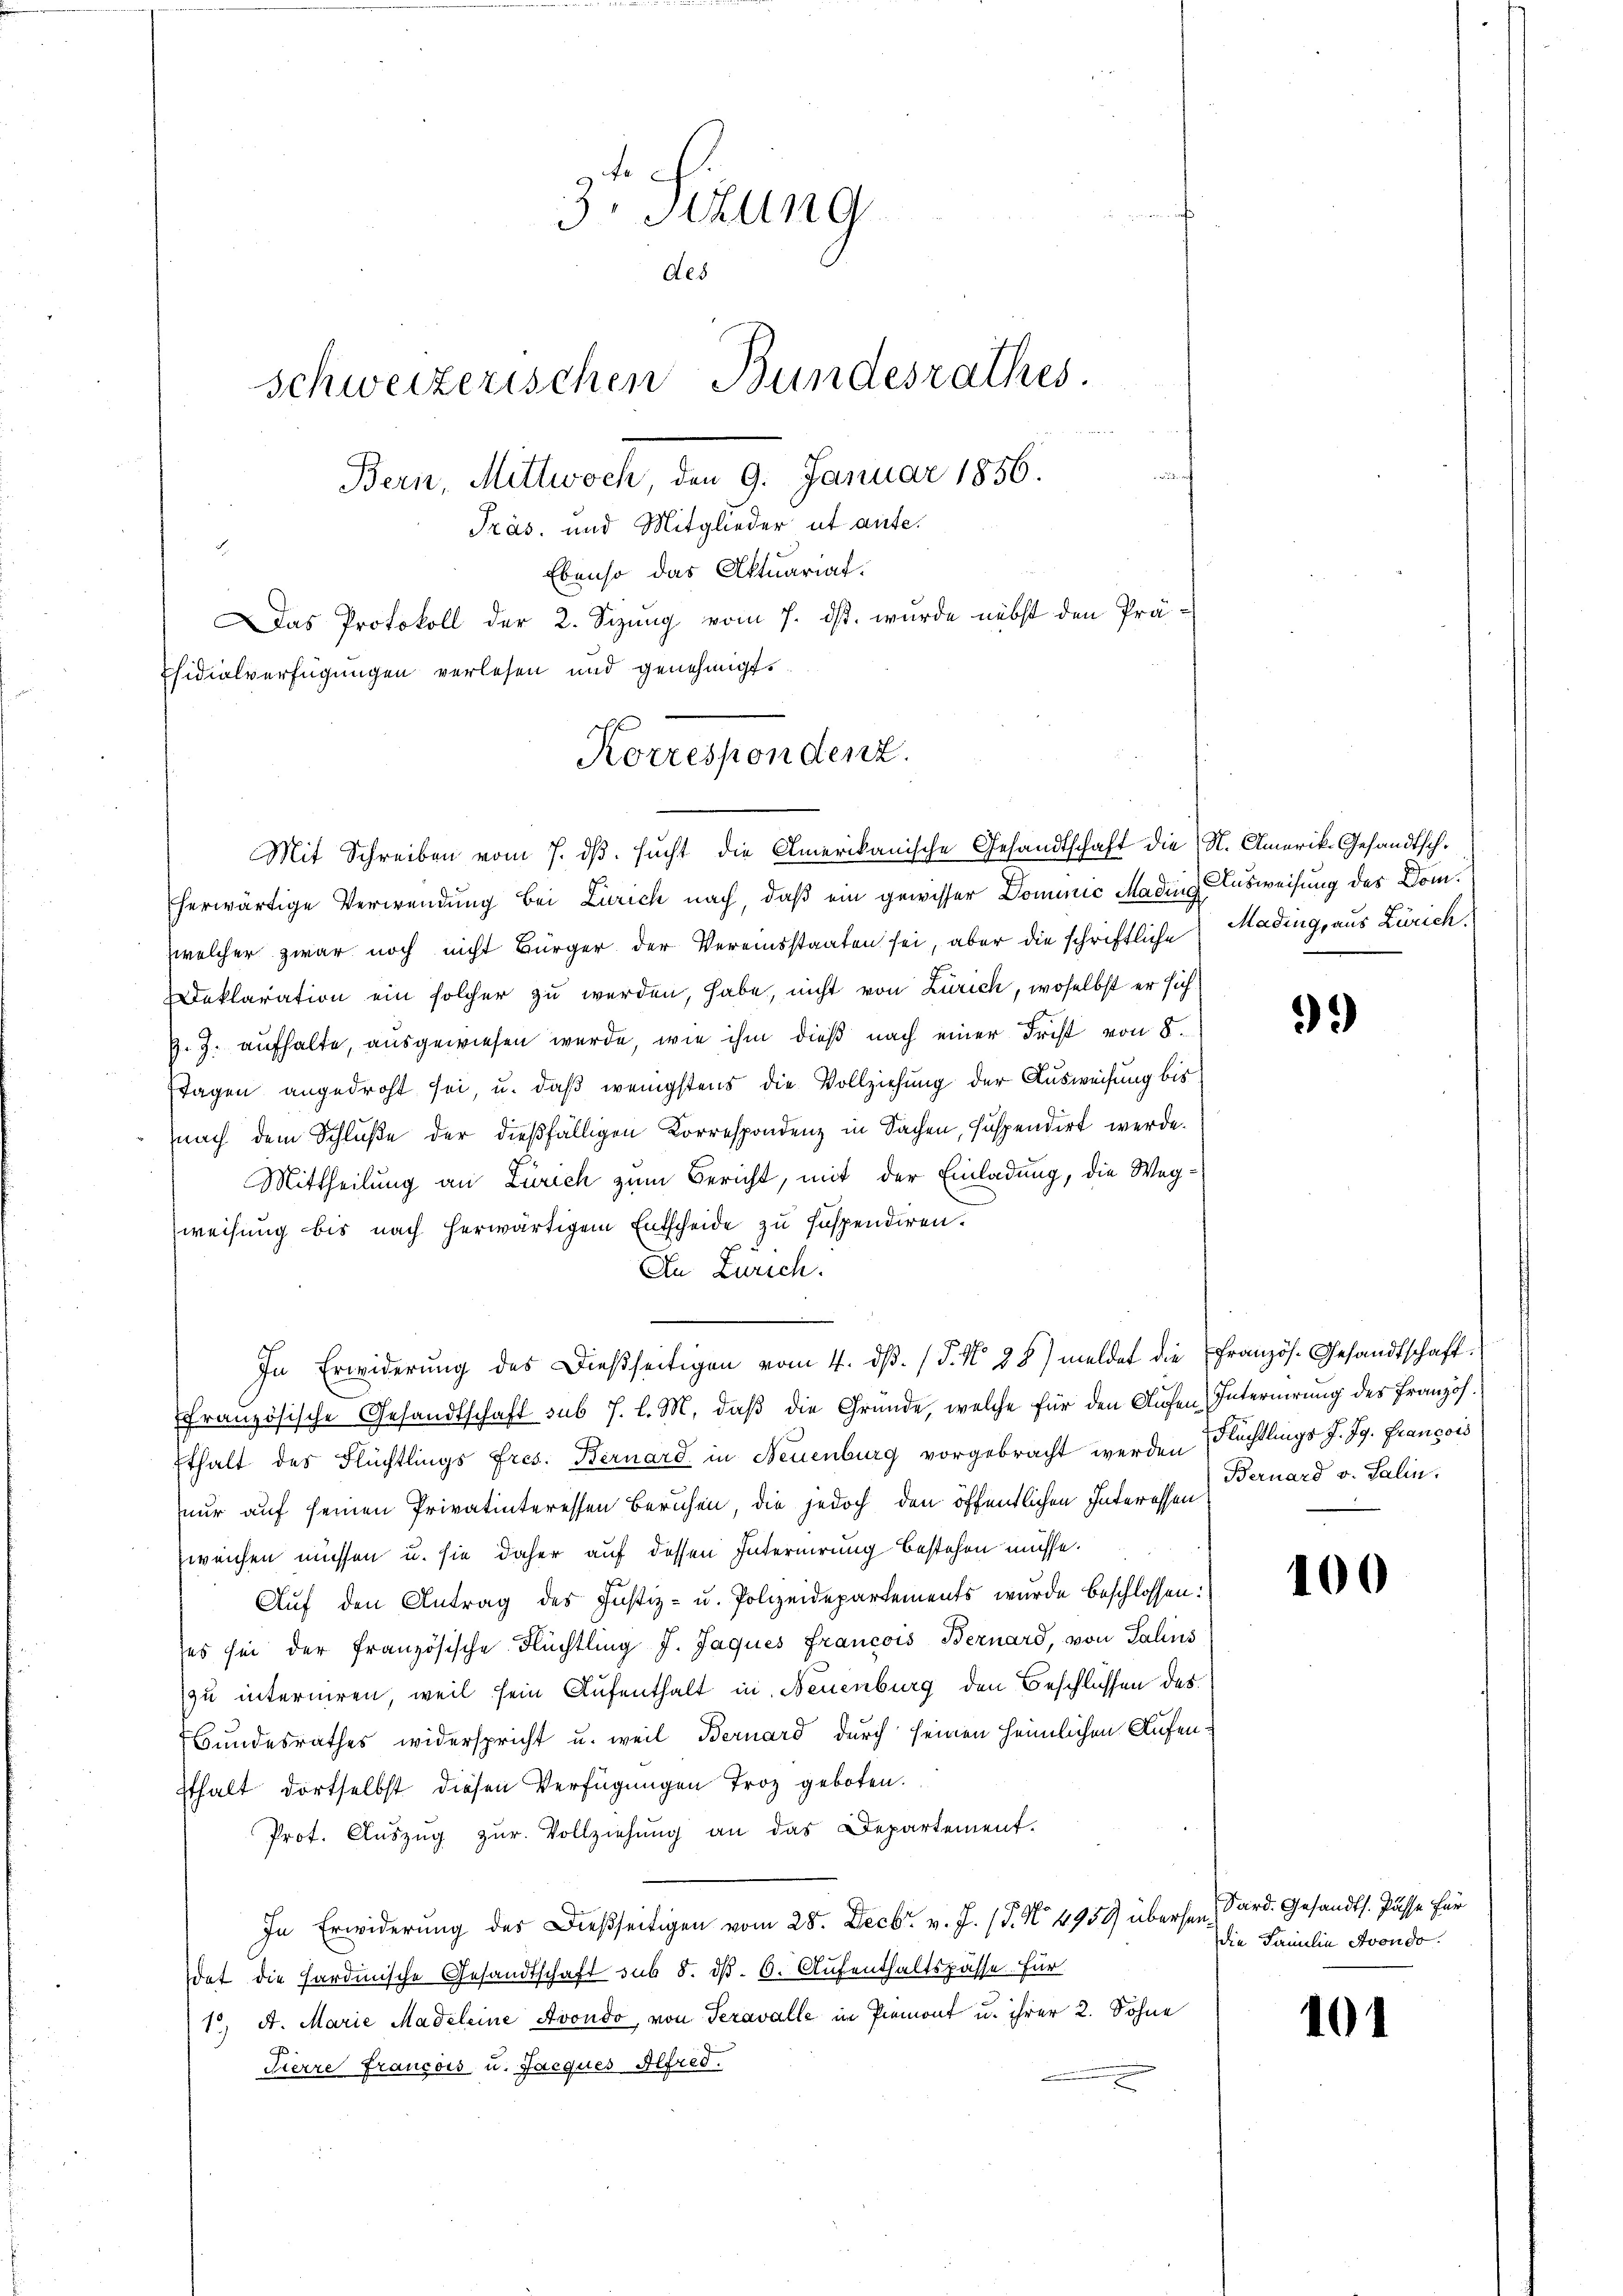
3. Sitzung
des
schweizerischen Bundesrathes.
Bern, Mittwoch, den 9. Januar 1856.
Präs. und Mitglieder ut aufe.
Ebenso das Aktuariat.
Das Protokoll der 2. Sizung vom 7. ds. wurde nebst den Präsidialverfügungen verlesen und genehmigt.

Korrespondenz.

Mit Schreiben vom 7. ds. sucht die Amerikanische Gesandtschaft die N. Amerik- Gesandtsch.
herwärtige Verwendung bei Zürich nach, daß ein gewisser Dominić Mading Ausweisung des Domwelcher zwar noch nicht Bürger der Vereinsstaaten sei, aber die schriftliche Madings aus Zürich.
Deklaration ein solcher zu werden, habe, nicht von Zürich, woselbst er sich
G. J. aufhalte, ausgewiesen werde, wie ihm dieß nach einer Frist von 8.
Tagen angedroht sei, u. daß wenigstens die Vollziehung der Ausweisung bis
nach dem Schluße der dießfälligen Korrespondenz in Sachen, suspendirt werde.
Mittheilung an Zürich zum Bericht, mit der Einladung, die Wegweisung bis nach herwärtigem Entscheide zu Inspendiren.
An Zürich.
In Erwiderung des Dießseitigen vom 4. dβ. (T. No 38) meldet die französ. Gesandtschaftffranzösische Gesandtschaft sub J. l. M. daß die Gründe, welche für den Aufen Internirung des Französ.
Ethalt des Flüchtlings Fres. Bernard in Neuenburg vorgebracht werden Flüchtlings J. Jg. Francois
nur auf seinen Privatinteressen Beruhen, die jedoch den öffentlichen Interessen
zweichen müssen u. sie daher auf dessen Internirung bestehen müsse.
Aŭf den Antrag des Justiz- u. Polizeidepartements wurde beschlossen:
ses sei der französische Flüchtling J. Jaques Francois Bernard, von Salins
zu interniren, weil sein Aufenthalt in Neuenburg den Beschlüssen des
Bundesrathes widerspricht u. weil Bernard durch seinen heimlichen Aufensthalt dortselbst diesen Verfügungen Troz geboten.
Prof. Aŭszŭg zŭr Vollziehŭng an das Departement.
In Erwiderung des Dießseitigen vom 28. Decbr. v. J. (T. No. 4959 übersen, Sard. Gesandts. Pässe für
dat die Hardinische Gesandtschaft sub 8. d. 6. Aufenthaltspasse. Für
15. A. Marie Madeleine Avondo, von Teravalle in Piemont u. ihrer 2. Sohne
Pierre Francois u. Jacques Alfred.

99)

Bernard v. Salin.

100

die Familie Avondo

101